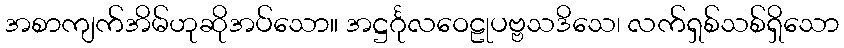
အစာကျက်အိမ်ဟုဆိုအပ်သော။ အဋ္ဌင်္ဂုလဝေဠုပဗ္ဗသဒိသေ၊ လက်ရှစ်သစ်ရှိသော